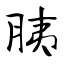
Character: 胰